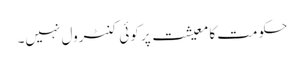
حکومت کا معیشت پر کوئی کنٹرول نہیں۔